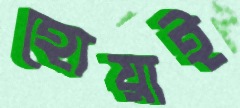
হোয়াই